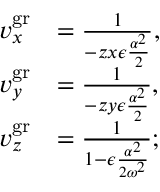
\begin{array} { r l } { v _ { x } ^ { \mathrm { g r } } } & { = \frac { 1 } { - z x \epsilon \frac { \alpha ^ { 2 } } { 2 } } , } \\ { v _ { y } ^ { \mathrm { g r } } } & { = \frac { 1 } { - z y \epsilon \frac { \alpha ^ { 2 } } { 2 } } , } \\ { v _ { z } ^ { \mathrm { g r } } } & { = \frac { 1 } { 1 - \epsilon \frac { \alpha ^ { 2 } } { 2 \omega ^ { 2 } } } ; } \end{array}